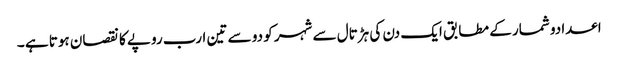
اعدادو شمار کے مطابق ایک دن کی ہڑتال سے شہر کو دو سے تین ارب روپے کا نقصان ہوتا ہے ۔